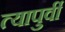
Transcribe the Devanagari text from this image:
त्यापुर्वी